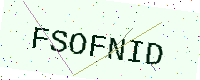
Text: FSOFNID